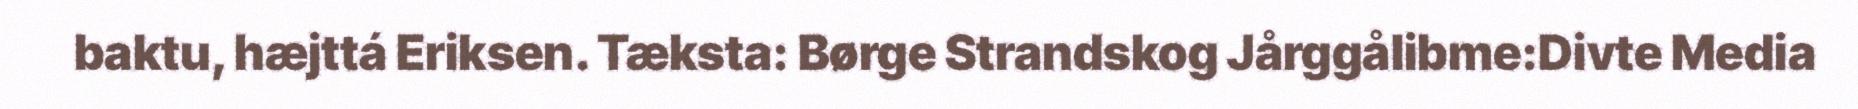
baktu, hæjttá Eriksen. Tæksta: Børge Strandskog Jårggålibme:Divte Media